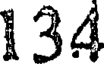
134